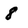
Character: 8